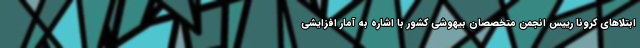
ابتلاهای کرونا رییس انجمن متخصصان بیهوشی کشور با اشاره به آمار افزایشی